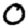
Digit: 0